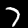
Digit: 7